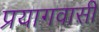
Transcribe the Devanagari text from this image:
प्रयागवासी